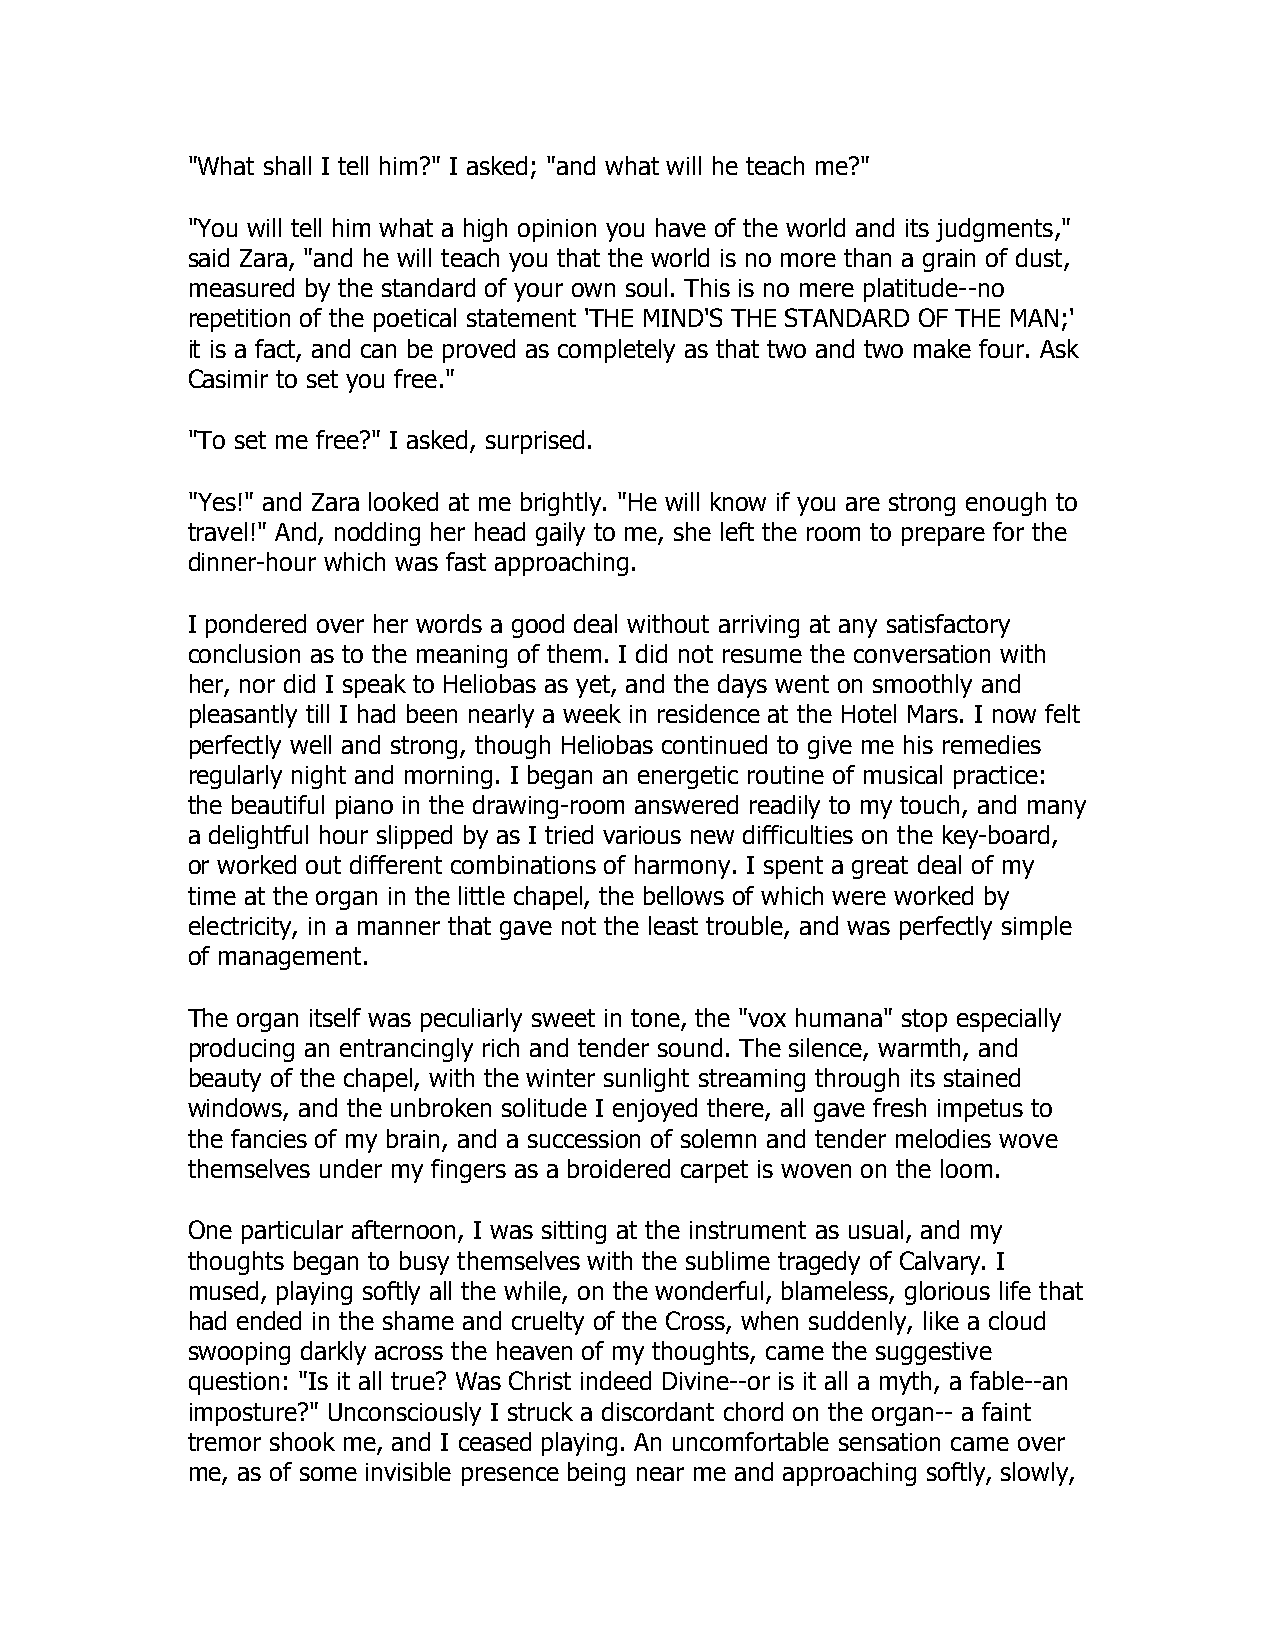
"What shall I tell him?" I asked; "and what will he teach me?"
 "You will tell him what a high opinion you have of the world and its judgments,"
 said Zara, "and he will teach you that the world is no more than a grain of dust,
 measured by the standard of your own soul. This is no mere platitude--no
 repetition of the poetical statement 'THE MIND'S THE STANDARD OF THE MAN;'
 it is a fact, and can be proved as completely as that two and two make four. Ask
 Casimir to set you free."
 "To set me free?" I asked, surprised.
 "Yes!" and Zara looked at me brightly. "He will know if you are strong enough to
 travel!" And, nodding her head gaily to me, she left the room to prepare for the
 dinner-hour which was fast approaching.
 I pondered over her words a good deal without arriving at any satisfactory
 conclusion as to the meaning of them. I did not resume the conversation with
 her, nor did I speak to Heliobas as yet, and the days went on smoothly and
 pleasantly till I had been nearly a week in residence at the Hotel Mars. I now felt
 perfectly well and strong, though Heliobas continued to give me his remedies
 regularly night and morning. I began an energetic routine of musical practice:
 the beautiful piano in the drawing-room answered readily to my touch, and many
 a delightful hour slipped by as I tried various new difficulties on the key-board,
 or worked out different combinations of harmony. I spent a great deal of my
 time at the organ in the little chapel, the bellows of which were worked by
 electricity, in a manner that gave not the least trouble, and was perfectly simple
 of management.
 The organ itself was peculiarly sweet in tone, the "vox humana" stop especially
 producing an entrancingly rich and tender sound. The silence, warmth, and
 beauty of the chapel, with the winter sunlight streaming through its stained
 windows, and the unbroken solitude I enjoyed there, all gave fresh impetus to
 the fancies of my brain, and a succession of solemn and tender melodies wove
 themselves under my fingers as a broidered carpet is woven on the loom.
 One particular afternoon, I was sitting at the instrument as usual, and my
 thoughts began to busy themselves with the sublime tragedy of Calvary. I
 mused, playing softly all the while, on the wonderful, blameless, glorious life that
 had ended in the shame and cruelty of the Cross, when suddenly, like a cloud
 swooping darkly across the heaven of my thoughts, came the suggestive
 question: "Is it all true? Was Christ indeed Divine--or is it all a myth, a fable--an
 imposture?" Unconsciously I struck a discordant chord on the organ-- a faint
 tremor shook me, and I ceased playing. An uncomfortable sensation came over
 me, as of some invisible presence being near me and approaching softly, slowly,